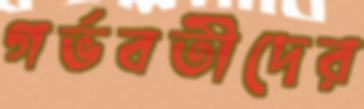
গর্ভবতীদের